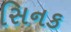
સિનક